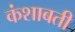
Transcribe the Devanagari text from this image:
कंशाबती